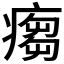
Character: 𱱠